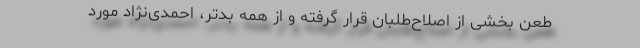
طعن بخشی از اصلاح‌طلبان قرار گرفته و از همه بدتر، احمدی‌نژاد مورد